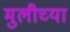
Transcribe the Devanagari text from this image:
मुलीच्‍या